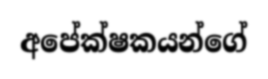
අපේක්ෂකයන්ගේ